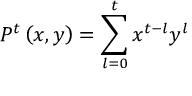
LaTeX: P ^ { t } \left( x , y \right) = \sum _ { l = 0 } ^ { t } x ^ { t - l } y ^ { l }